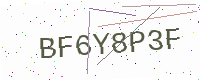
Text: BF6Y8P3F